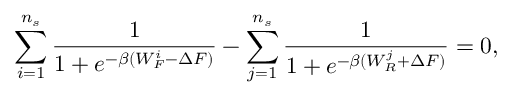
\sum _ { i = 1 } ^ { n _ { s } } \frac { 1 } { 1 + e ^ { - \beta ( W _ { F } ^ { i } - \Delta F ) } } - \sum _ { j = 1 } ^ { n _ { s } } \frac { 1 } { 1 + e ^ { - \beta ( W _ { R } ^ { j } + \Delta F ) } } = 0 ,